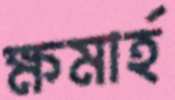
ক্ষমার্হ